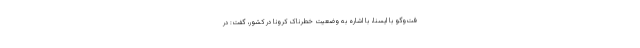
فت‌وگو با ایسنا، ‌با اشاره به وضعیت خطرناک کرونا در کشور، گفت: در